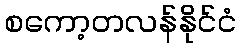
စကော့တလန်နိုင်ငံ